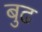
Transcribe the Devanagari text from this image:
बुढ